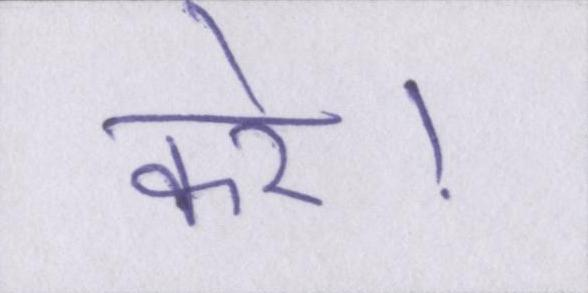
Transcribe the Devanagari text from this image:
करे।